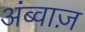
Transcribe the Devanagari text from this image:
अंब्वाज़